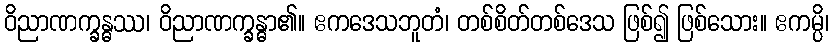
ဝိညာဏက္ခန္ဓဿ၊ ဝိညာဏက္ခန္ဓာ၏။ ဧကဒေသဘူတံ၊ တစ်စိတ်တစ်ဒေသ ဖြစ်၍ ဖြစ်သေား။ ဧကမ္ပိ၊